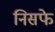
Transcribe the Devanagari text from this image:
निसफे